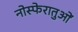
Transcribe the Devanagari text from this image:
नोस्फेरातुओं